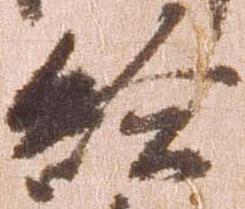
給